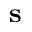
\mathbf { s }